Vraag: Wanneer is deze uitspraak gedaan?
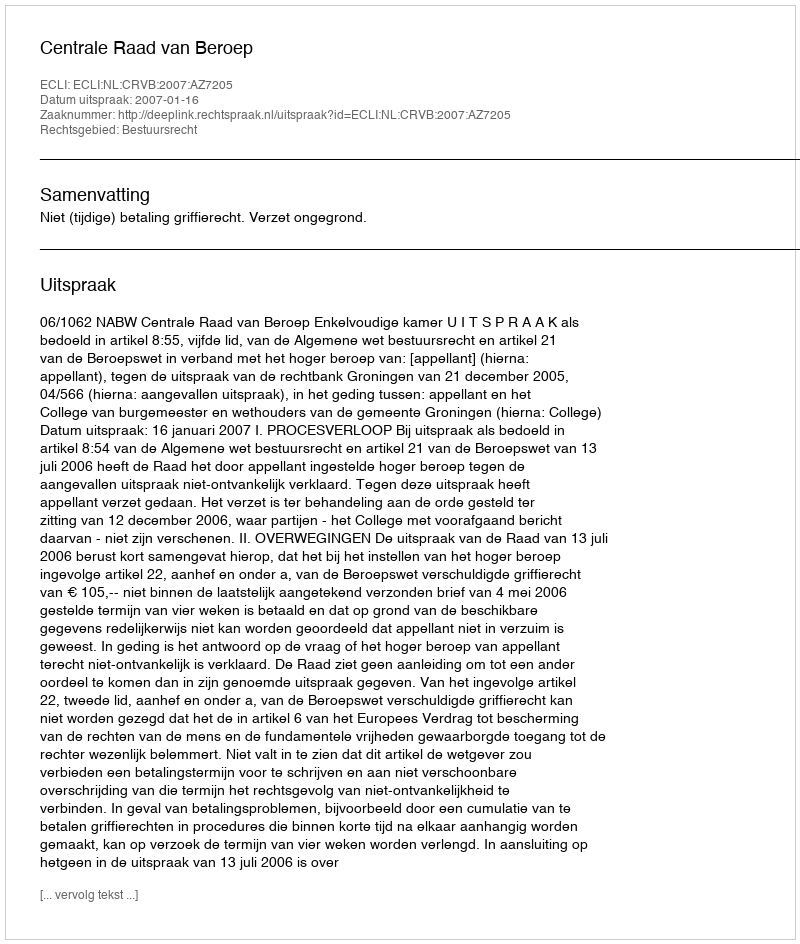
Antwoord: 2007-01-16